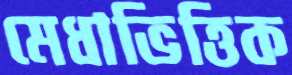
মেধাভিত্তিক